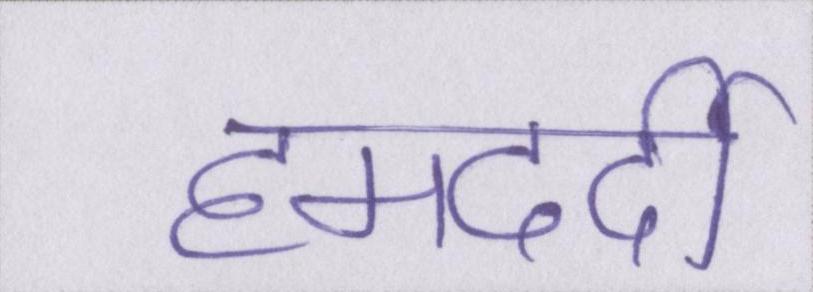
हमदर्दी